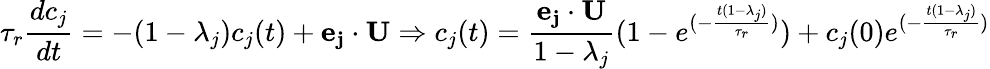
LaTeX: \tau_{r}\frac{dc_{j}}{dt}=-(1-\lambda_{j})c_{j}(t)+\mathbf{e_{j}}\cdot\mathbf{U}\Rightarrow c_{j}(t)=\frac{\mathbf{e_{j}}\cdot\mathbf{U}}{1-\lambda_{j}}(1-e^{(-\frac{t(1-\lambda_{j})}{\tau_{r}})})+c_{j}(0)e^{(-\frac{t(1-\lambda_{j})}{\tau_{r}})}